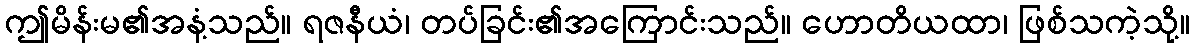
ဤမိန်းမ၏အနံ့သည်။ ရဇနီယံ၊ တပ်ခြင်း၏အကြောင်းသည်။ ဟောတိယထာ၊ ဖြစ်သကဲ့သို့။